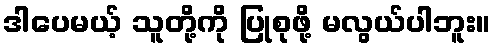
ဒါပေမယ့် သူတို့ကို ပြုစုဖို့ မလွယ်ပါဘူး။